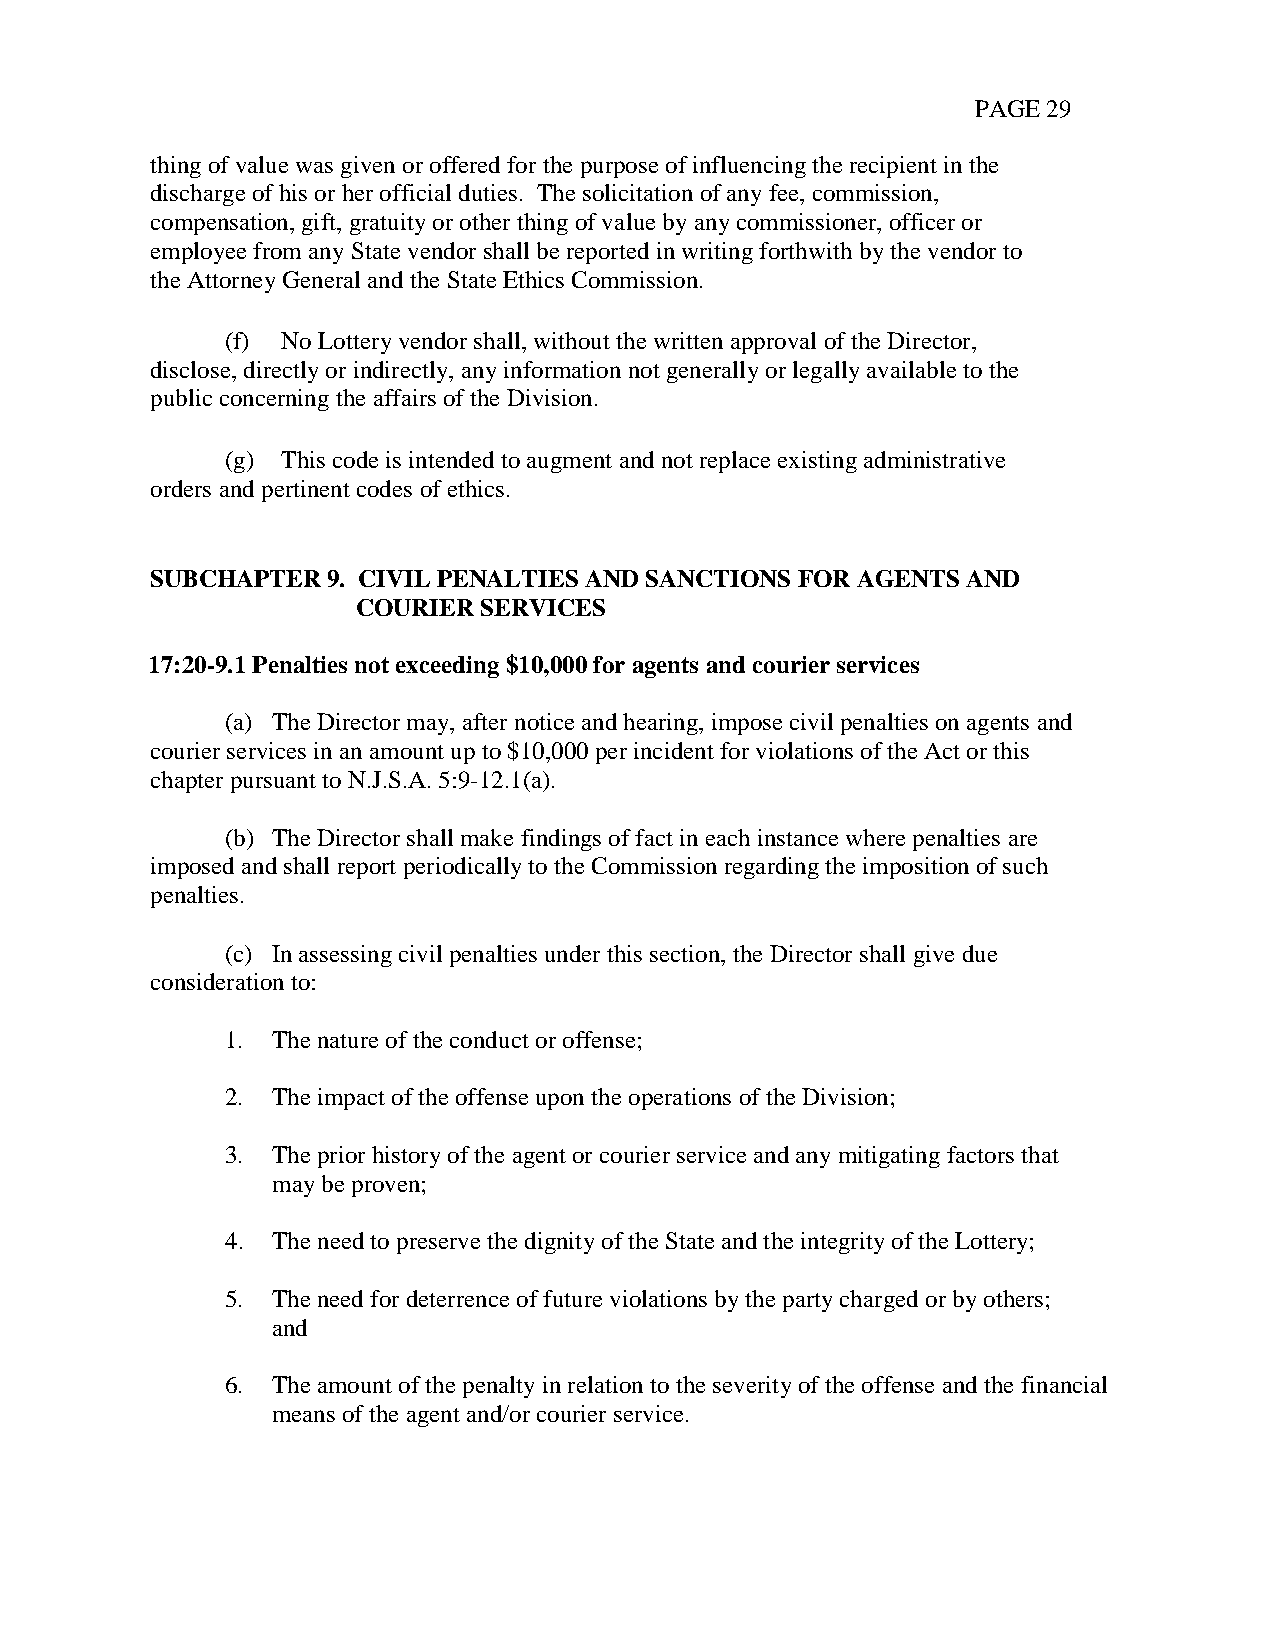
PAGE 29
 thing of value was given or offered for the purpose of influencing the recipient in the
 discharge of his or her official duties. The solicitation of any fee, commission,
 compensation, gift, gratuity or other thing of value by any commissioner, officer or
 employee from any State vendor shall be reported in writing forthwith by the vendor to
 the Attorney General and the State Ethics Commission.
 (f) No Lottery vendor shall, without the written approval of the Director,
 disclose, directly or indirectly, any information not generally or legally available to the
 public concerning the affairs of the Division.
 (g) This code is intended to augment and not replace existing administrative
 orders and pertinent codes of ethics.
 SUBCHAPTER  9. CIVIL PENALTIES AND SANCTIONS FOR AGENTS AND
 COURIER SERVICES
 17:20-9.1 Penalties not exceeding $10,000 for agents and courier services
 (a) The Director may, after notice and hearing, impose civil penalties on agents and
 courier services in an amount up to $10,000 per incident for violations of the Act or this
 chapter pursuant to N.J.S.A. 5:9-12.1(a).
 (b) The Director shall make findings of fact in each instance where penalties are
 imposed and shall report periodically to the Commission regarding the imposition of such
 penalties.
 (c) In assessing civil penalties under this section, the Director shall give due
 consideration to:
 1. The nature of the conduct or offense;
 2. The impact of the offense upon the operations of the Division;
 3. The prior history of the agent or courier service and any mitigating factors that
 may be proven;
 4. The need to preserve the dignity of the State and the integrity of the Lottery;
 5. The need for deterrence of future violations by the party charged or by others;
 and
 6. The amount of the penalty in relation to the severity of the offense and the financial
 means of the agent and/or courier service.